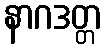
နာဂဒတ္တ